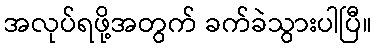
အလုပ်ရဖို့အတွက် ခက်ခဲသွားပါပြီ။